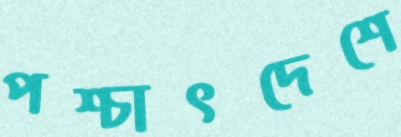
পশ্চাৎদেশে